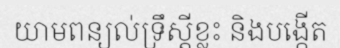
យាមពន្យល់ទ្រឹស្តីខ្លះ និងបង្កើត